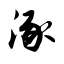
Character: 涿